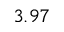
3 . 9 7